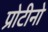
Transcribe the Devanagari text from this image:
प्रोटीनो